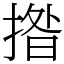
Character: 揝